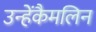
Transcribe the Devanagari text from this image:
उन्हेंकैमलिन